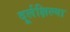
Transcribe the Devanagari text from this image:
दूर्लक्षिल्या